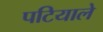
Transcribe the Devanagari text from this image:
पटियाले